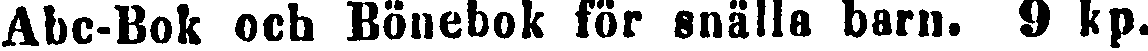
Abc-Bok och Bönebok för snälla barn. 9 kp.